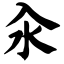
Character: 汆